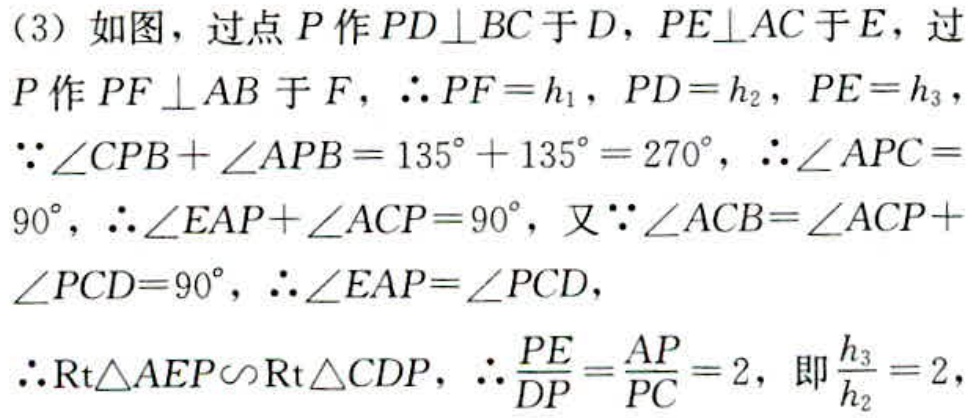
（3）如图，过点\(P\)作\(PD\perp BC\)于\(D\)，\(PE\perp AC\)于\(E\)，过\(P\)作\(PF\perp AB\)于\(F\)，\(\therefore PF = h_{1}\)，\(PD = h_{2}\)，\(PE = h_{3}\)，\(\because\angle CPB+\angle APB = 135^{\circ}+135^{\circ}=270^{\circ}\)，\(\therefore\angle APC = 90^{\circ}\)，\(\therefore\angle EAP+\angle ACP = 90^{\circ}\)，又\(\because\angle ACB=\angle ACP+\angle PCD = 90^{\circ}\)，\(\therefore\angle EAP=\angle PCD\)，\(\therefore\text{Rt}\triangle AEP\backsim\text{Rt}\triangle CDP\)，\(\therefore\frac{PE}{DP}=\frac{AP}{PC}=2\)，即\(\frac{h_{3}}{h_{2}} = 2\)，